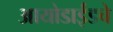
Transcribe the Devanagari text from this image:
आयोडाईडचे